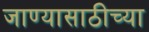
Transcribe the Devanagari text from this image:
जाण्यासाठीच्या